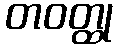
တဝတ္ထု